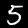
Digit: 5